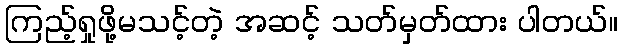
ကြည့်ရှုဖို့မသင့်တဲ့ အဆင့် သတ်မှတ်ထား ပါတယ်။